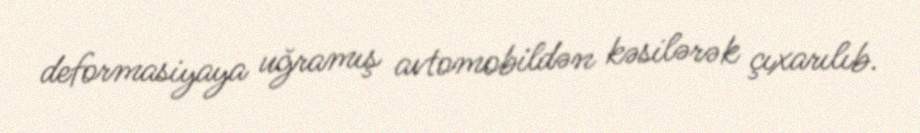
deformasiyaya uğramış avtomobildən kəsilərək çıxarılıb.